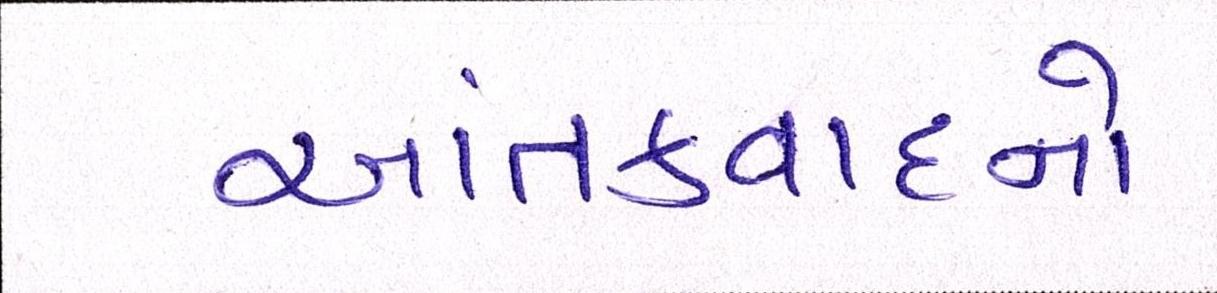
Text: આતંકવાદનો